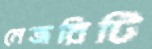
মেজরিটি